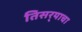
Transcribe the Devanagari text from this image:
तिसर्‍याचा